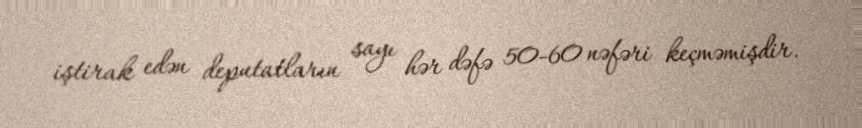
iştirak edən deputatların sayı hər dəfə 50-60 nəfəri keçməmişdir.